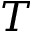
T